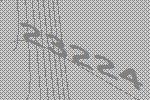
23224